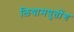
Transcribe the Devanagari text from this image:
लियामपुतोंग